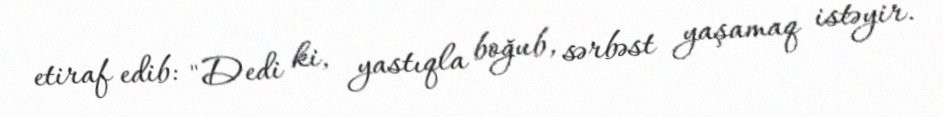
etiraf edib: "Dedi ki, yastıqla boğub, sərbəst yaşamaq istəyir.